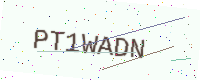
Text: PT1WADN